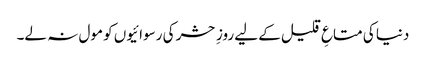
دنیا کی متاعِ قلیل کے لیے روزِ حشر کی رسوائیوں کو مول نہ لے۔